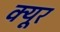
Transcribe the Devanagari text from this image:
क्यूर